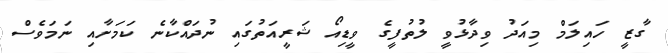
ގާޒީ ހައިލަމް މިއަދު ވިދާޅުވީ ލުތުފީގެ ވީޑިއޯ ޝަރީއަތުގައި ނުދައްކާނެ ކަމަށާއި ނަމަވެސް